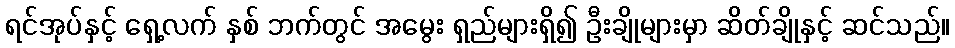
ရင်အုပ်နှင့် ရှေ့လက် နှစ် ဘက်တွင် အမွေး ရှည်များရှိ၍ ဦးချိုများမှာ ဆိတ်ချိုနှင့် ဆင်သည်။